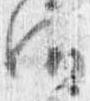
御